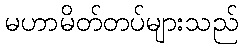
မဟာမိတ်တပ်များသည်